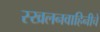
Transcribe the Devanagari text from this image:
स्खलनवाहिनीचे